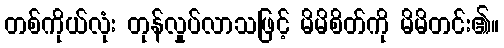
တစ်ကိုယ်လုံး တုန်လှုပ်လာသဖြင့် မိမိစိတ်ကို မိမိတင်း၏။